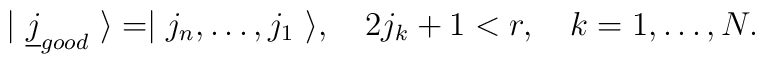
|\ \underline j_{good}\ \rangle=\mid j_{n},\dots,j_{1}\ \rangle,\quad2j_k+1<r,\quad k=1,\dots,N.